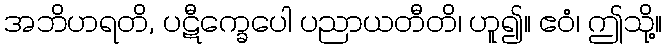
အဘိဟရတိ, ပဋီက္ခေပေါ ပညာယတီတိ၊ ဟူ၍။ ဧဝံ၊ ဤသို့။